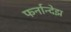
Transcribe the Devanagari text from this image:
फर्नान्देझ